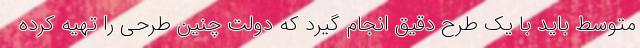
متوسط باید با یک طرح دقیق انجام گیرد که دولت چنین طرحی را تهیه کرده